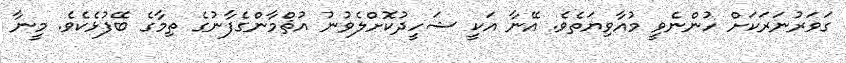
ގަވަރުނަރަކަށް ހުންނެވީ މުއާވިޔަތެވެ. އޭނާ އަކީ ޝަހީދުކޮށްލެވުނު އުޘްމާންގެފާނުގެ ތިމާގެ ބޭފުޅެކެވެ. މީނާ